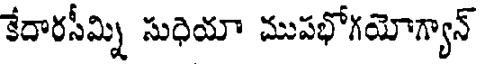
కేదారసీమ్ని సుధియా ముపభోగయోగ్యాన్